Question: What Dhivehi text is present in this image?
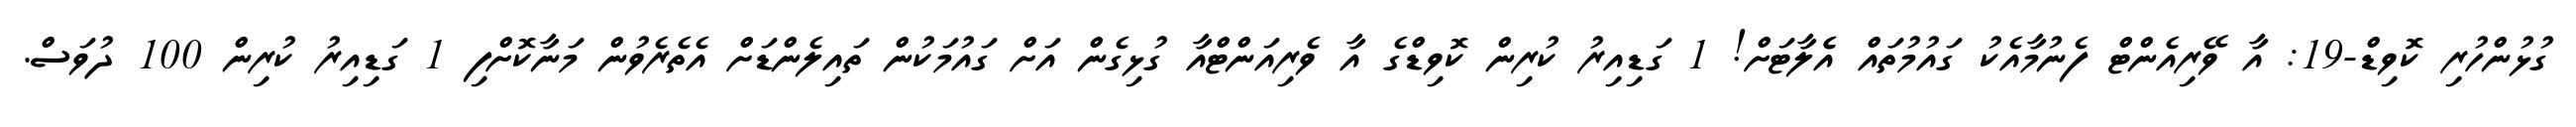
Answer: ގުޅުންހުރި ކޮވިޑް-19: އާ ވޭރިއެންޓް ފެނުމާއެކު ގައުމުތައް އެެލާޓަށް! 1 ގަޑިއިރު ކުރިން ކޮވިޑްގެ އާ ވެރިއަންޓްއާ ގުޅިގެން އަށް ގައުމަކުން ތައިލެންޑަށް އެތެރެވުން މަނާކޮށްފި 1 ގަޑިއިރު ކުރިން 100 ދުވަސް.